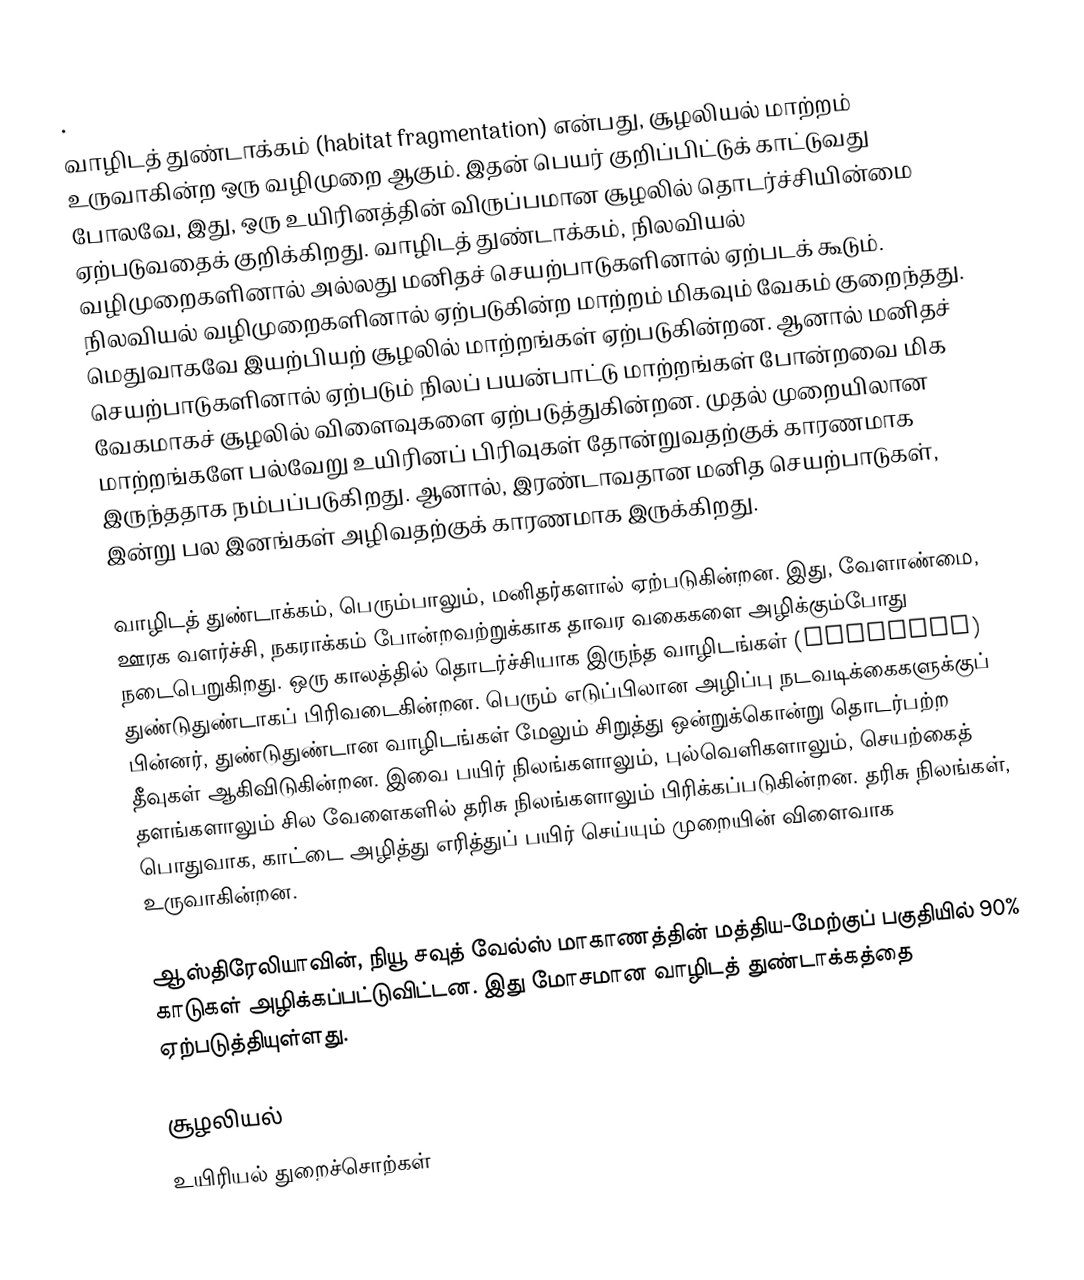
.
வாழிடத் துண்டாக்கம் (habitat fragmentation) என்பது, சூழலியல் மாற்றம் உருவாகின்ற ஒரு வழிமுறை ஆகும். இதன் பெயர் குறிப்பிட்டுக் காட்டுவது போலவே, இது, ஒரு உயிரினத்தின் விருப்பமான சூழலில் தொடர்ச்சியின்மை ஏற்படுவதைக் குறிக்கிறது. வாழிடத் துண்டாக்கம், நிலவியல் வழிமுறைகளினால் அல்லது மனிதச் செயற்பாடுகளினால் ஏற்படக் கூடும். நிலவியல் வழிமுறைகளினால் ஏற்படுகின்ற மாற்றம் மிகவும் வேகம் குறைந்தது. மெதுவாகவே இயற்பியற் சூழலில் மாற்றங்கள் ஏற்படுகின்றன. ஆனால் மனிதச் செயற்பாடுகளினால் ஏற்படும் நிலப் பயன்பாட்டு மாற்றங்கள் போன்றவை மிக வேகமாகச் சூழலில் விளைவுகளை ஏற்படுத்துகின்றன. முதல் முறையிலான மாற்றங்களே பல்வேறு உயிரினப் பிரிவுகள் தோன்றுவதற்குக் காரணமாக இருந்ததாக நம்பப்படுகிறது. ஆனால், இரண்டாவதான மனித செயற்பாடுகள், இன்று பல இனங்கள் அழிவதற்குக் காரணமாக இருக்கிறது.

வாழிடத் துண்டாக்கம், பெரும்பாலும், மனிதர்களால் ஏற்படுகின்றன. இது, வேளாண்மை, ஊரக வளர்ச்சி, நகராக்கம் போன்றவற்றுக்காக தாவர வகைகளை அழிக்கும்போது நடைபெறுகிறது. ஒரு காலத்தில் தொடர்ச்சியாக இருந்த வாழிடங்கள் (Habitats) துண்டுதுண்டாகப் பிரிவடைகின்றன. பெரும் எடுப்பிலான அழிப்பு நடவடிக்கைகளுக்குப் பின்னர், துண்டுதுண்டான வாழிடங்கள் மேலும் சிறுத்து ஒன்றுக்கொன்று தொடர்பற்ற தீவுகள் ஆகிவிடுகின்றன. இவை பயிர் நிலங்களாலும், புல்வெளிகளாலும், செயற்கைத் தளங்களாலும் சில வேளைகளில் தரிசு நிலங்களாலும் பிரிக்கப்படுகின்றன. தரிசு நிலங்கள், பொதுவாக, காட்டை அழித்து எரித்துப் பயிர் செய்யும் முறையின் விளைவாக உருவாகின்றன.

ஆஸ்திரேலியாவின், நியூ சவுத் வேல்ஸ் மாகாணத்தின் மத்திய-மேற்குப் பகுதியில் 90% காடுகள் அழிக்கப்பட்டுவிட்டன. இது மோசமான வாழிடத் துண்டாக்கத்தை ஏற்படுத்தியுள்ளது.

சூழலியல்
உயிரியல் துறைச்சொற்கள்